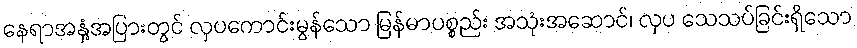
နေရာအနှံ့အပြားတွင် လှပကောင်းမွန်သော မြန်မာပစ္စည်း အသုံးအဆောင်၊ လှပ သေသပ်ခြင်းရှိသော